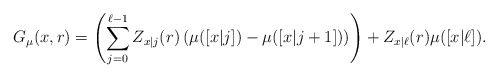
\begin{align*}G_\mu(x,r)= \left(\sum_{j=0}^{\ell-1} Z_{x|j}(r)\left(\mu([x|j])-\mu([x|j+1])\right)\right)+Z_{x|\ell}(r)\mu([x|\ell]).\end{align*}